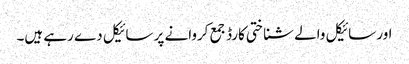
اور سائیکل والے شناختی کارڈ جمع کروانے پر سائیکل دے رہے ہیں۔